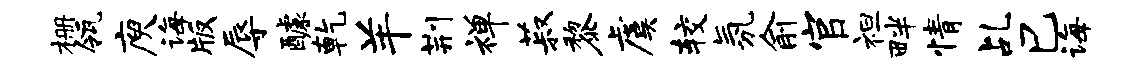
栅瓴庾诲版辱醵乾羊荆禅菽黎虞较氛俞官袒畔情乩巳诲